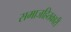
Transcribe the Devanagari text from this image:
समाजहितकारी